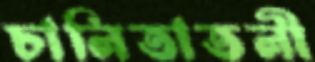
চালিতাতলী